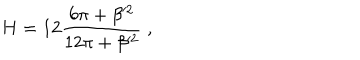
LaTeX: H = 1 2 \frac { 6 \pi + \beta ^ { 2 } } { 1 2 \pi + \beta ^ { 2 } } \ ,